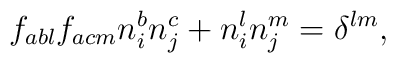
f_{abl}f_{acm}n_i^bn_j^c+n_i^ln_j^m=\delta ^{lm},